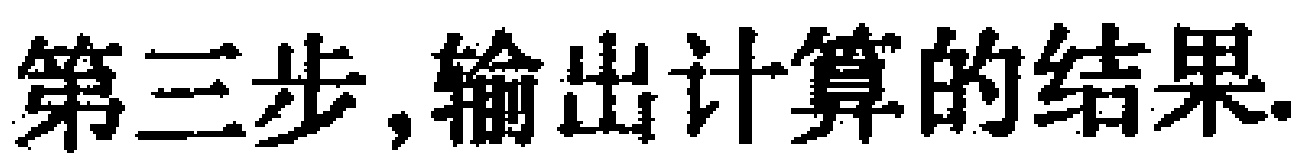
第三步,输出计算的结果.